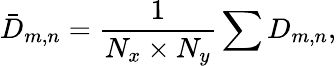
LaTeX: {{\bar{D}}_{m,n}}=\frac{1}{{{N_{x}}\times{N_{y}}}}\sum{{D_{m,n}}},